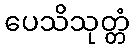
ပေသိသုတ္တံ